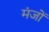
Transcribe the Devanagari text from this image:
मंजों